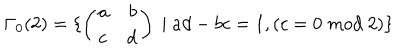
\Gamma _ { 0 } ( 2 ) = \{ \left( \begin{array} { l r } { { a } } & { { b } } \\ { { c } } & { { d } } \\ \end{array} \right) \; | \; a d - b c = 1 , \left( c = 0 \; m o d \; 2 \right) \}